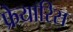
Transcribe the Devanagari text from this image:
फ्रेयारिस